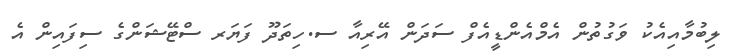
ލިބުމާއިއެކު ވަގުތުން އެމްއެންޑީއެފް ސަދަން އޭރިއާ ސ.ހިތަދޫ ފަޔަރ ސްޓޭޝަންގެ ސިފައިން އެ